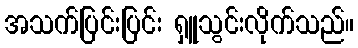
အသက်ပြင်းပြင်း ရှူသွင်းလိုက်သည်။